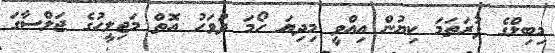
މިބިލްގެ ފުރަތަމަ ކިޔުން އިއްވީ މިދިޔަ ހޯމަ ދުވަހު އޮތް މަޖިލީހުގެ ޖަލްސާގަ